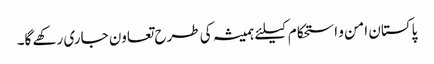
پاکستان امن و استحکام کیلئے ہمیشہ کی طرح تعاون جاری رکھے گا۔